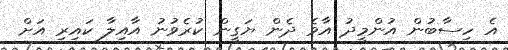
އެ ހިސާބުން އުންމީދު އާވެ ދެން ޔަގީން ކުރެވުނު އާއިލާ ކައިރި އަށް